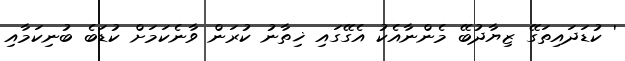
' ކުޑަދައިތަގޭ ޒިޔާދުބޭ މެންނާއެކު އެގޭގައި ޚިތާނު ކުރަން ވާނެކަމަށް ކުޑަބެ ބުނިކަމާއި